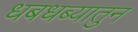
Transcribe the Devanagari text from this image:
धबधब्यातुन